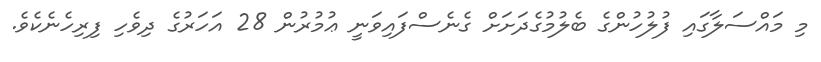
މި މައްސަލާގައި ފުލުހުންގެ ބެލުމުގެދަށަށް ގެނެސްފައިވަނީ ޢުމުރުން 28 އަހަރުގެ ދިވެހި ފިރިހެނެކެވެ.